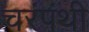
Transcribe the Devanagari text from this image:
चरंपंथी